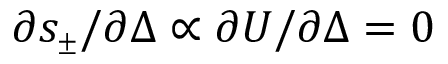
\partial s _ { { \scriptscriptstyle \pm } } / \partial \Delta \propto \partial { \cal U } / \partial \Delta = 0